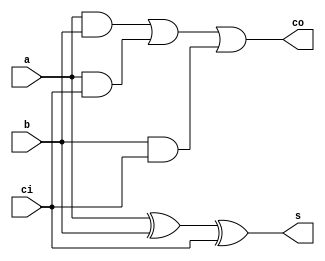
`timescale 1ns / 1ps
//////////////////////////////////////////////////////////////////////////////////
// Company: 
// Engineer: 
// 
// Design Name: 
// Module Name: FullAdder
// Project Name: 
// Target Devices: 
// Tool Versions: 
// Description: 
// 
// Dependencies: 
// 
// Revision:
// Revision 0.01 - File Created
// Additional Comments:
// 
//////////////////////////////////////////////////////////////////////////////////


module FullAdder(
    input a,
    input b,
    input ci,
    output s,
    output co
    );
    
     assign s = a ^ b ^ ci;
    assign co = (a&b)|(a&ci)|(b&ci);
    
endmodule